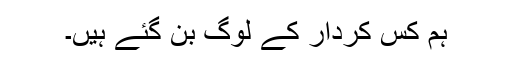
ہم کس کردار کے لوگ بن گئے ہیں۔